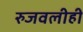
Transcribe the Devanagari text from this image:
रुजवलीही